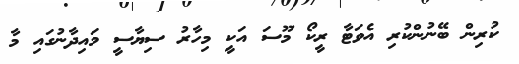
ކުރިން ބޭނުންކުރި އެވަޓާ ރީކޯ މޫސަ އަކީ މިހާރު ސިޔާސީ މައިދާނުގައި މާ